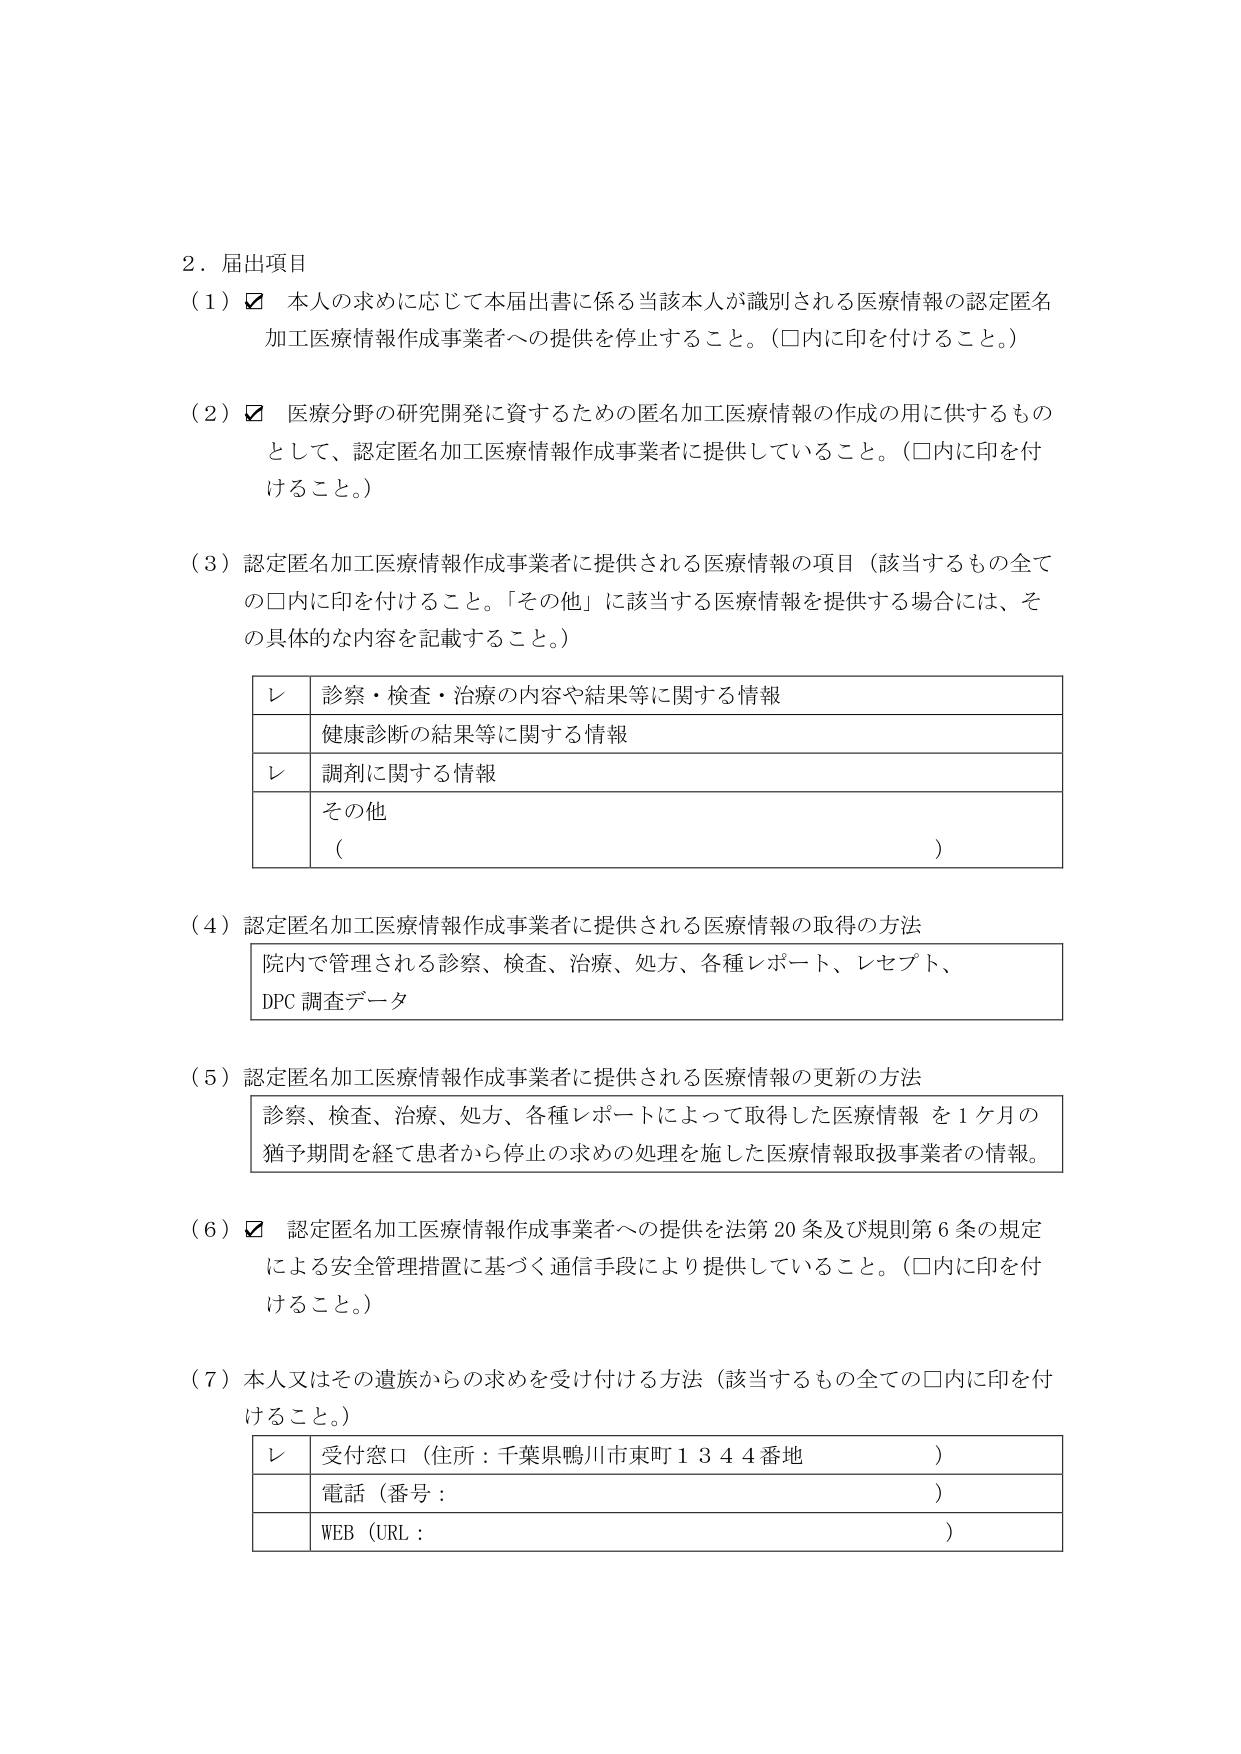
2．届出項目
（1）☑ 本人の求めに応じて本届出書に係る当該本人が識別される医療情報の認定匿名加工医療情報作成事業者への提供を停止すること。（□内に印を付けること。）
（2）☑ 医療分野の研究開発に資するための匿名加工医療情報の作成の用に供するものとして、認定匿名加工医療情報作成事業者に提供していること。（□内に印を付けること。）
（3）認定匿名加工医療情報作成事業者に提供される医療情報の項目（該当するもの全ての□内に印を付けること。「その他」に該当する医療情報を提供する場合には、その具体的な内容を記載すること。）
　　レ 診察・検査・治療の内容や結果等に関する情報
　　　健康診断の結果等に関する情報
　　レ 調剤に関する情報
　　　その他
　　　（　　　　　　　　　　　　　　　　　　　　　　　　　　　　　　　　　　）
（4）認定匿名加工医療情報作成事業者に提供される医療情報の取得の方法
　　院内で管理される診察、検査、治療、処方、各種レポート、レセプト、
　　DPC 調査データ
（5）認定匿名加工医療情報作成事業者に提供される医療情報の更新の方法
　　診察、検査、治療、処方、各種レポートによって取得した医療情報 を１ヶ月の猶予期間を経て患者から停止の求めの処理を施した医療情報取扱事業者の情報。
（6）☑ 認定匿名加工医療情報作成事業者への提供を法第20条及び規則第6条の規定による安全管理措置に基づく通信手段により提供していること。（□内に印を付けること。）
（7）本人又はその遺族からの求めを受け付ける方法（該当するもの全ての□内に印を付けること。）
　　レ 受付窓口（住所：千葉県鴨川市東町１３４４番地　　　　　　　　　　　　）
　　　電話（番号：　　　　　　　　　　　　　　　　　　　　　　　　　　　　）
　　　WEB（URL：　　　　　　　　　　　　　　　　　　　　　　　　　　　　　）